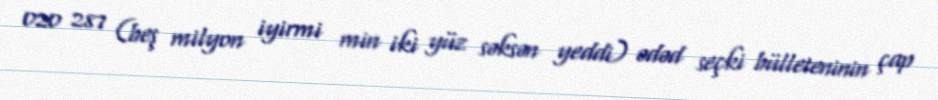
020 287 (beş milyon iyirmi min iki yüz səksən yeddi) ədəd seçki bülleteninin çap